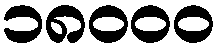
၁၈၀၀၀